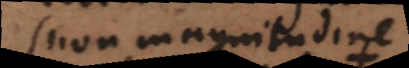
(non magnitudine).